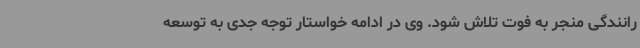
رانندگی منجر به فوت تلاش شود. وی در ادامه خواستار توجه جدی به توسعه